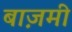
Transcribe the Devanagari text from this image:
बाज़मी